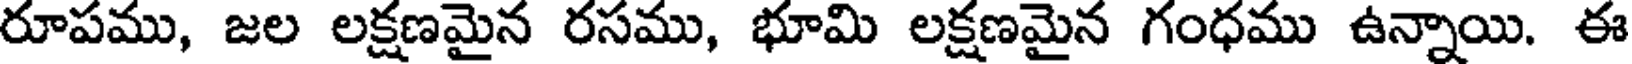
రూపము, జల లక్షణమైన రసము, భూమి లక్షణమైన గంధము ఉన్నాయి. ఈ